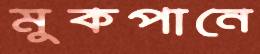
মুকপানে